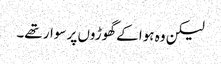
لیکن وہ ہوا کے گھوڑوں پر سوار تھے۔